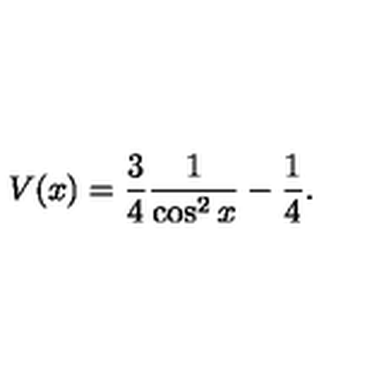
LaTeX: V ( x ) = \frac { 3 } { 4 } \frac { 1 } { \cos ^ { 2 } x } - \frac { 1 } { 4 } .